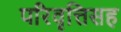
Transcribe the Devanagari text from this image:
परिवृत्तिसह